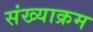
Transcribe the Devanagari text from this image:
संख्याक्रम